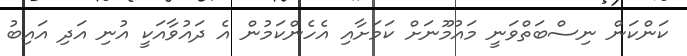
ކަންކަން ނިސްބަތްވަނީ މައުމޫނަށް ކަމަށާއި އެހެންކަމުން އެ ދައުވާއަކީ އުނި އަދި އައިބު